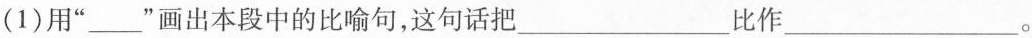
(1)用”___”画出本段中的比喻句，这句话把___比作___。